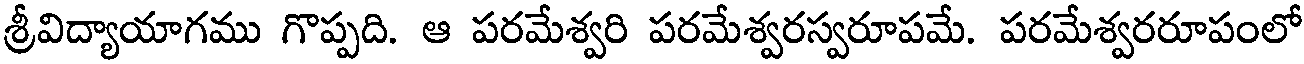
శ్రీవిద్యాయాగము గొప్పది. ఆ పరమేశ్వరి పరమేశ్వరస్వరూపమే. పరమేశ్వరరూపంలో